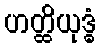
ဟတ္ထိယုဒ္ဓံ